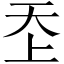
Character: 𡗶